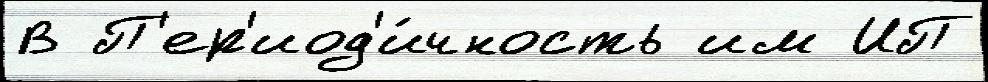
В П'ер'иод'и́чность им ИП